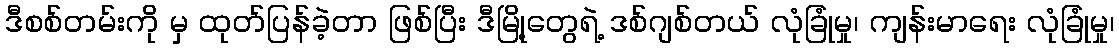
ဒီစစ်တမ်းကို မှ ထုတ်ပြန်ခဲ့တာ ဖြစ်ပြီး ဒီမြို့တွေရဲ့ ဒစ်ဂျစ်တယ် လုံခြုံမှု၊ ကျန်းမာရေး လုံခြုံမှု၊